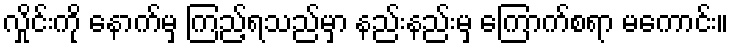
လ်ှိုင်းကို နောက်မှ ကြည့်ရသည်မှာ နည်းနည်းမှ ကြောက်စရာ မကောင်း။